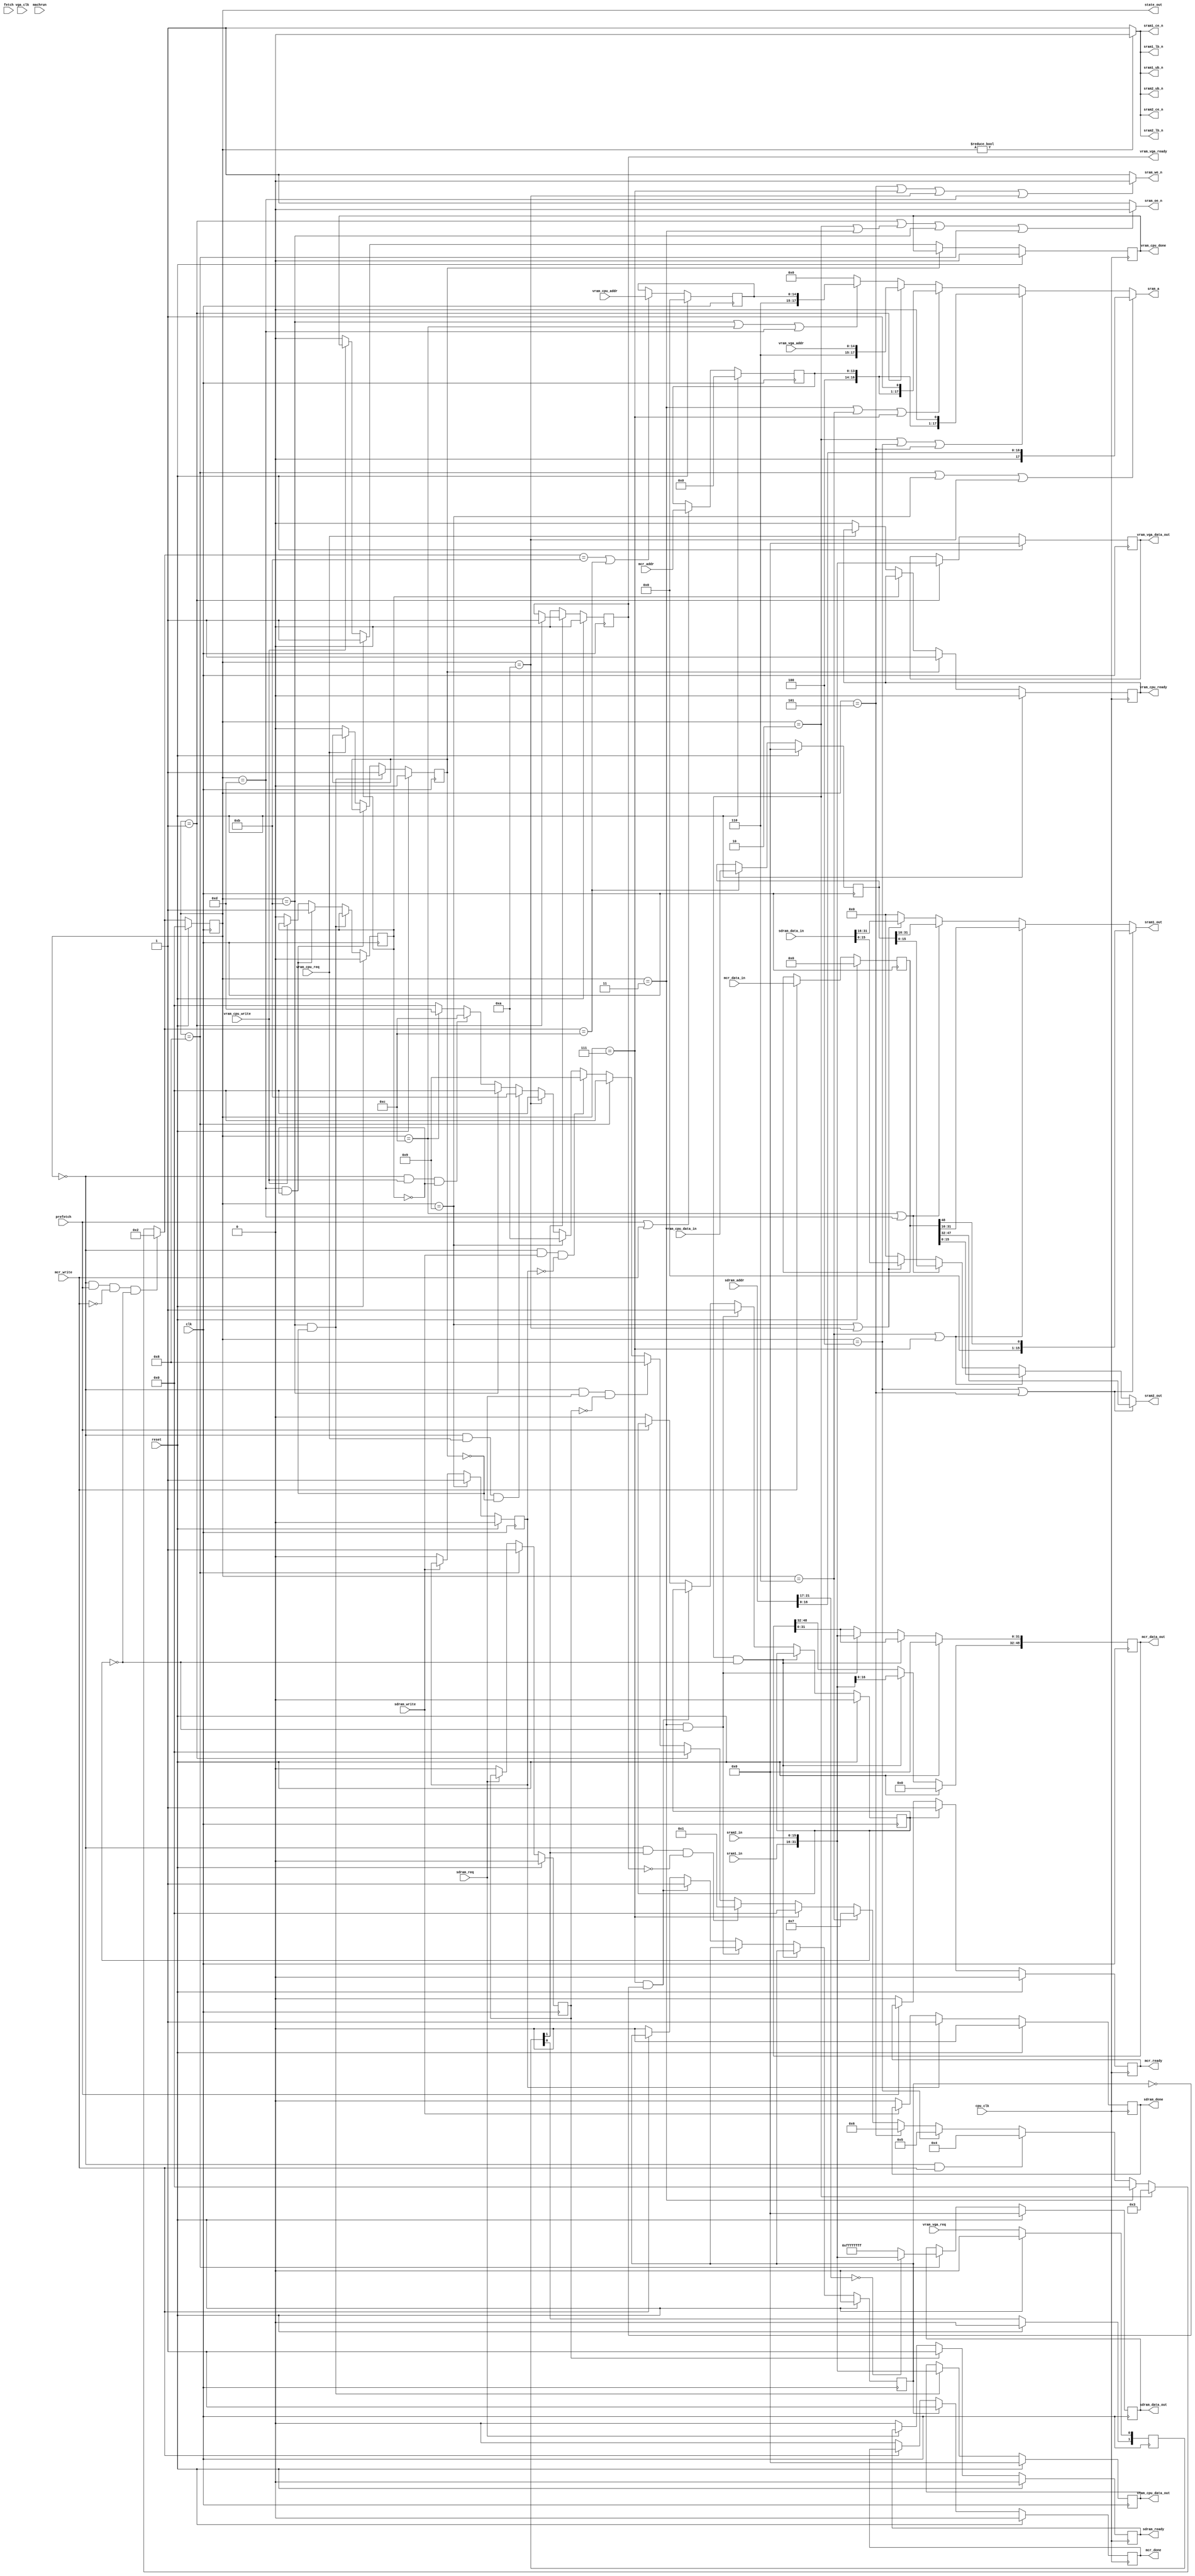
// slow_ram_controller.v

/* 
 * Basic 4 port ram controller with sram backend
 * used on fpga boards (like the S3 board) which only have sram;
 * basically everything is jammed into the one sdram
 * 
 * This version runs at 8x the main clock and hides all it's activity, using
 * two different state machines.  The 8x machine does the real work and samples
 * signals from the 1x machine.  The 1x machine services the cpu requests and
 * samples signals from the 8x machine.
 * 
 * ports:
 * 	microcode	r/w, 64 bits
 * 	sdram		r/w, 32 bits
 * 	vram vga	r/o, 32 bits
 * 	vram cpu	r/w, 32 bits
 *
 * CPU states:
 *  | decode | execute | write  | fetch  | decode | execute | write  | fetch  |
 *                         ^        ^
 *                         |        + valid mcr data
 *                         |
 *                         + latch mcr data / mcr write
 *
 *
 *
 *
 *  cpu		controller			ram
 * 
 *  decode					
 *  execute					
 *  write	prefetch/latch-mcr-data		
 *  fetch	fetch				
 *
 * states
 * S_MCR_WR1 -> S_MCR_WR2
 * 		assert address & data
 * S_MCR_WR2 -> S_MCR_WR3
 * 		we, wr mcr hi
 * S_MCR_WR3 -> S_MCR_WR3
 * 		assert address & data
 * S_MCR_WR4
 * 		we, wr mcr lo
 * S_VGA_RD
 * 		vram-rd; latch vram-vga data
 * S_MCR_RD1 -> S_MCR_RD2
 * 		latch mcr data hi
 * S_MCR_RD2
 * 		latch mcr data lo
 * S_VRAM_WR1 -> S_VRAM_WR2
 * 		assert address & data
 * S_VRAM_WR2
 * 		we, vram-wr
 * S_VRAM_RD
 * 		vram-rd; latch vram-cpu data
 * S_SDRAM_RD
 * 		sdram-rd; latch sdram data
 * S_SDRAM_WR1 -> S_SDRAM_WR2
 * 		assert address & data
 * S_SDRAM_WR2
 * 		we, sdram-wr
*/

module slow_ram_controller(
			   clk, vga_clk, cpu_clk,
			   reset, prefetch, fetch, machrun, state_out,

			   mcr_addr, mcr_data_out, mcr_data_in,
			   mcr_ready, mcr_write, mcr_done,

			   sdram_addr, sdram_data_in, sdram_data_out,
			   sdram_req, sdram_ready, sdram_write, sdram_done,

			   vram_cpu_addr, vram_cpu_data_in, vram_cpu_data_out,
			   vram_cpu_req, vram_cpu_ready,
			   vram_cpu_write, vram_cpu_done,

			   vram_vga_addr, vram_vga_data_out,
			   vram_vga_req, vram_vga_ready,

			   sram_a, sram_oe_n, sram_we_n,

			   sram1_in, sram1_out, sram1_ce_n,
			   sram1_ub_n, sram1_lb_n,

			   sram2_in, sram2_out, sram2_ce_n,
			   sram2_ub_n, sram2_lb_n);

   input clk;
   input vga_clk;
   input cpu_clk;

   input reset;
   input prefetch;
   input fetch;
   input machrun;
   output [3:0] state_out;
   
   input [13:0]  mcr_addr;
   output [48:0] mcr_data_out;
   input [48:0]  mcr_data_in;
   output 	 mcr_ready;
   input 	 mcr_write;
   output 	 mcr_done;

   input [21:0]  sdram_addr;
   output [31:0] sdram_data_out;
   input [31:0]  sdram_data_in;
   input 	 sdram_req;
   output 	 sdram_ready;
   input 	 sdram_write;
   output 	 sdram_done;

   input [14:0]  vram_cpu_addr;
   output [31:0] vram_cpu_data_out;
   input [31:0]  vram_cpu_data_in;
   input 	 vram_cpu_req;
   output 	 vram_cpu_ready;
   input 	 vram_cpu_write;
   output 	 vram_cpu_done;

   input [14:0]  vram_vga_addr;
   output [31:0] vram_vga_data_out;
   input 	 vram_vga_req;
   output 	 vram_vga_ready;

   output [17:0] sram_a;
   output 	 sram_oe_n;
   output 	 sram_we_n;
   input [15:0]  sram1_in;
   input [15:0]  sram2_in;
   output [15:0]  sram1_out;
   output [15:0]  sram2_out;
   output 	 sram1_ce_n, sram1_ub_n, sram1_lb_n;
   output 	 sram2_ce_n, sram2_ub_n, sram2_lb_n;

   reg 		 vram_vga_ready;
   reg 		 vram_cpu_ready;
   reg 		 vram_cpu_done;

   reg 		 sdram_done;
   reg 		 sdram_ready;

   reg 		 mcr_ready;
   reg 		 mcr_done;
   
   wire 	 mcr_req;

   reg [13:0] 	 int_mcr_addr;
   reg [48:0] 	 int_mcr_data_in;

   reg 		 int_mcr_ready;
   reg 		 int_mcr_done;
   reg 		 int_vram_cpu_ready;
   reg 		 int_vram_cpu_done;

   reg 		 int_sdram_done;
   reg 		 int_sdram_ready;
 		 
   wire		 int_sdram_done_e;
   wire		 int_sdram_ready_e;
   
   reg [14:0] 	 int_vram_cpu_addr;
   reg [31:0] 	 int_vram_cpu_data_in;
   
   // ---------------------------

   parameter S_IDLE = 0,
	       S_VGA_RD = 1,
	       S_MCR_RD1 = 2,
	       S_MCR_RD2 = 3,
	       S_MCR_WR1 = 4,
	       S_MCR_WR2 = 5,
	       S_MCR_WR3 = 6,
	       S_MCR_WR4 = 7,
	       S_SDRAM_RD = 8,
	       S_SDRAM_WR1 = 9,
	       S_SDRAM_WR2 = 10,
	       S_VRAM_RD = 11,
	       S_VRAM_WR1 = 12,
	       S_VRAM_WR2 = 13;
   
   reg [3:0] 	 state;
   wire [3:0] 	 next_state;

   always @(posedge clk)
     if (reset)
       state <= S_IDLE;
     else
       state <= next_state;

   wire vram_vga_req_sync;

   assign next_state =
      (state == S_IDLE && mcr_req && ~mcr_write && ~int_mcr_ready) ? S_MCR_RD1 :
      (state == S_MCR_RD1) ? S_MCR_RD2 :
      (state == S_MCR_RD2) ? S_IDLE :
      (state == S_IDLE && mcr_write) ? S_MCR_WR1 :
      (state == S_MCR_WR1) ? S_MCR_WR2 :
      (state == S_MCR_WR2) ? S_MCR_WR3 :
      (state == S_MCR_WR3) ? S_MCR_WR4 :
      (state == S_MCR_WR4) ? S_IDLE :
      (state == S_IDLE && vram_vga_req_sync && ~vram_vga_ready) ? S_VGA_RD :
      (state == S_VGA_RD) ? S_IDLE :
      (state == S_IDLE && sdram_req && ~int_sdram_ready) ? S_SDRAM_RD :
      (state == S_SDRAM_RD) ? S_IDLE :
      (state == S_IDLE && sdram_write && ~int_sdram_done) ? S_SDRAM_WR1 :
      (state == S_SDRAM_WR1) ? S_SDRAM_WR2 :
      (state == S_SDRAM_WR2) ? S_IDLE :
      (state == S_IDLE && vram_cpu_req && ~int_vram_cpu_ready) ? S_VRAM_RD :
      (state == S_VRAM_RD) ? S_IDLE :
      (state == S_IDLE && vram_cpu_write && ~int_vram_cpu_done) ? S_VRAM_WR1 :
      (state == S_VRAM_WR1) ? S_VRAM_WR2 :
      (state == S_VRAM_WR2) ? S_IDLE :
      S_IDLE;
   
   assign state_out = state;
   
   // ---------------------------

   wire 	 vram_access;
   wire 	 sdram_access;
   
   assign 	 vram_access = vram_cpu_write || vram_cpu_req;
   assign 	 sdram_access = sdram_write || sdram_req;

   // sram partition map:
   //  111
   //  765
   //  00x sdram
   //  01x sdram
   //  10x mcr
   //  11x vram

   wire sram_a_sdram;
   wire sram_a_mcr_h;
   wire sram_a_mcr_l;
   wire sram_a_vga;
   wire sram_a_vram;

   assign sram_a_sdram =
	state == S_SDRAM_RD || state == S_SDRAM_WR1 || state == S_SDRAM_WR2;

   assign sram_a_mcr_h =
	state == S_MCR_RD1 || state == S_MCR_WR1 || state == S_MCR_WR2;

   assign sram_a_mcr_l =
	state == S_MCR_RD2 || state == S_MCR_WR3 || state == S_MCR_WR4;

   assign sram_a_vga =
	state == S_VGA_RD;

   assign sram_a_vram = 
	state == S_VRAM_RD || state == S_VRAM_WR1 || state == S_VRAM_WR2;
   
   assign sram_a =
		  sram_a_sdram ? { 1'b0, sdram_addr[16:0] } :
		  sram_a_mcr_h ? { 3'b100, int_mcr_addr, 1'b0 } :
		  sram_a_mcr_l ? { 3'b100, int_mcr_addr, 1'b1 } :
		  sram_a_vga   ? { 3'b110, vram_vga_addr } :
		  sram_a_vram  ? { 3'b110, int_vram_cpu_addr } :
		  0;

   assign sram_oe_n =
		     ((state == S_VGA_RD) ||
		      (state == S_MCR_RD1 || state == S_MCR_RD2) ||
		      (state == S_VRAM_RD) ||
		      (state == S_SDRAM_RD)) ? 1'b0 :
		     1'b1;

   assign sram_we_n =
		     ((state == S_MCR_WR2 || state == S_MCR_WR4) ||
		      (state == S_SDRAM_WR2) ||
		      (state == S_VRAM_WR2)) ? 1'b0 :
		     1'b1;

   assign sram1_ce_n = state != S_IDLE ? 1'b0 : 1'b1;
   assign sram2_ce_n = state != S_IDLE ? 1'b0 : 1'b1;
   
   assign sram1_ub_n = state != S_IDLE ? 1'b0 : 1'b1;
   assign sram1_lb_n = state != S_IDLE ? 1'b0 : 1'b1;

   assign sram2_ub_n = state != S_IDLE ? 1'b0 : 1'b1;
   assign sram2_lb_n = state != S_IDLE ? 1'b0 : 1'b1;

   //
   // [48:0]
   //	{15'b0, [48:32]} [31:0]
   //	{15'b0[48]}, [47:32] [31:16] [15:0]
   //

   always @(posedge clk)
     if (reset)
       int_mcr_data_in <= 0;
     else
       if (mcr_write)
	 int_mcr_data_in <=
`ifdef debug_patch_disk_copy
	   // patch out disk-copy (which takes hours to sim)
	   mcr_addr == 14'o24045 ? 49'h000000001000 : mcr_data_in;
`else
           mcr_data_in;
`endif

`ifdef debug
   always @(posedge clk)
     if (mcr_write)
       $display("mcr: write @%o <- %o",
		mcr_addr, mcr_addr == 14'o24045 ? 49'h000000001000 : mcr_data_in);
`endif
   
   always @(posedge clk)
     if (reset)
       int_mcr_addr <= 0;
     else
       if (mcr_req || mcr_write)
	 int_mcr_addr <= mcr_addr;
   
   assign sram1_out =
    (state == S_MCR_WR1 || state == S_MCR_WR2) ? {15'b0, int_mcr_data_in[48]} :
    (state == S_MCR_WR3 || state == S_MCR_WR4) ? int_mcr_data_in[31:16] :
    (state == S_VRAM_WR1 || state == S_VRAM_WR2)   ? int_vram_cpu_data_in[31:16] :
    (state == S_SDRAM_WR1 || state == S_SDRAM_WR2) ? sdram_data_in[31:16] :
    16'b0;
		    
   assign sram2_out =
    (state == S_MCR_WR1 || state == S_MCR_WR2) ? int_mcr_data_in[47:32] :
    (state == S_MCR_WR3 || state == S_MCR_WR4) ? int_mcr_data_in[15:0] :
    (state == S_VRAM_WR1 || state == S_VRAM_WR2) ? int_vram_cpu_data_in[15:0] :
    (state == S_SDRAM_WR1 || state == S_SDRAM_WR2) ? sdram_data_in[15:0] :
    16'b0;

   // ---------------------------

`define original_mcr
//`define hack_mcr1
//`define hack_mcr2
`ifdef original_mcr
   reg [48:0] 	 mcr_out;

   //
   // mcr read - internal
   //
   always @(posedge clk)
     if (reset)
       begin
	  mcr_out <= 0;
	  int_mcr_ready <= 0;
	  int_mcr_done <= 0;
       end
     else
       begin
	  if (state == S_MCR_RD1 && ~int_mcr_ready)
	    begin
	       mcr_out[48:32] <= { sram1_in[0], sram2_in };
	    end
	  else
	    if (state == S_MCR_RD2 && ~int_mcr_ready)
	      begin
		 mcr_out[31:0] <= { sram1_in, sram2_in };
		 int_mcr_ready <= 1;
	      end
	    else
	      if (state == S_MCR_WR4 && ~int_mcr_done)
		int_mcr_done <= 1;
	      else
		begin
		   if (~mcr_req)
		     int_mcr_ready <= 0;
		   if (~mcr_write)
		     int_mcr_done <= 0;
		end
	  
       end

   //
   // mcr read - cpu interface
   //
   assign mcr_req = prefetch;

   assign mcr_data_out = mcr_out;

   always @(posedge cpu_clk)
     if (reset)
       mcr_ready <= 0;
     else
       begin
	  if (int_mcr_ready)
	    begin
`ifdef debug_mcr
	       if (~mcr_ready)
		 $display("rc: mcr %o", mcr_data_out);
`endif
	       mcr_ready <= 1;
	    end
	  else
	    if (~mcr_req)
	      mcr_ready <= 0;
       end

   always @(posedge cpu_clk)
     if (reset)
       mcr_done <= 0;
     else
       begin
	  if (int_mcr_done)
	    mcr_done <= 1;
	  else
	    if (~mcr_write)
	      mcr_done <= 0;
       end

`ifdef debug_mcr
   always @(posedge clk)
     begin
	if (mcr_write)
	  $display("rc: mcr_write state %d", state);
				
	if (state == S_MCR_WR1)
	  $display("rc: mcr_write1 %o -> %o", int_mcr_addr, mcr_data_in);
	if (state == S_MCR_WR2)
	  $display("rc: mcr_write2 %o -> %o", int_mcr_addr, mcr_data_in);

	if (state == S_MCR_RD1)
	  $display("rc: mcr_read1 %o -> %o", int_mcr_addr, { sram1_in, sram2_in });
	if (state == S_MCR_RD2)
	  $display("rc: mcr_read2 %o -> %o; %t",
		   int_mcr_addr, { mcr_data_out[48:32], { sram1_in, sram2_in } },
		   $time);
     end
`endif
`endif //  `ifdef original_mcr
   
   //
   // vram_vga read - vga controller only
   //
   reg vga_req;
   reg [1:0] vram_vga_req_syncro;
   
   always @(posedge clk)
     if (reset)
       vram_vga_req_syncro <= 0;
     else
       begin
	  vram_vga_req_syncro[0] <= vram_vga_req;
	  vram_vga_req_syncro[1] <= vram_vga_req_syncro[0];
       end

   assign vram_vga_req_sync = vram_vga_req_syncro[1];
   
   //   
   reg [31:0] 	 vram_cpu_data;
   reg [31:0] 	 vram_vga_data;

   always @(posedge clk)
     if (reset)
       begin
	  vram_vga_data <= 0;
	  vram_vga_ready <= 0;
       end
     else
       begin
	  if (state == S_VGA_RD)
	    begin
	       vram_vga_data <= { sram1_in, sram2_in };
	       vram_vga_ready <= 1;
`ifdef debug
	       $display("rc: vram vga read %o -> %o",
			vram_vga_addr, { sram1_in, sram2_in });
`endif
	    end

	  if (~vram_vga_req_sync)
	    vram_vga_ready <= 0;
       end

   assign vram_vga_data_out = vram_vga_data;
   
   // vram_cpu read/write

   //
   // vram_cpu - internal
   //
   always @(posedge clk)
     if (reset)
       begin
	  vram_cpu_data <= 0;
	  int_vram_cpu_ready <= 0;
	  int_vram_cpu_done <= 0;
       end
     else
       begin
	  if (state == S_VRAM_RD && ~int_vram_cpu_ready)
	    begin
	       vram_cpu_data <= { sram1_in, sram2_in };
	       int_vram_cpu_ready <= 1;
	    end
	  else
	    if (state == S_VRAM_WR2 && ~int_vram_cpu_done)
	      int_vram_cpu_done <= 1;
	    else
	      begin
		 if (~vram_cpu_req)
		   int_vram_cpu_ready <= 0;

		 if (~vram_cpu_write)
		   int_vram_cpu_done <= 0;
	      end
       end

   assign vram_cpu_data_out = vram_cpu_data;

   //
   // vram_cpu - register addr & data
   //
   always @(posedge clk)
     if (reset)
       begin
	  int_vram_cpu_addr <= 0;
	  int_vram_cpu_data_in <= 0;
       end
     else
       begin
	  if (next_state == S_VRAM_RD || next_state == S_VRAM_WR1)
	    int_vram_cpu_addr <= vram_cpu_addr;
	  if (next_state == S_VRAM_WR1)
	    int_vram_cpu_data_in <= vram_cpu_data_in;
       end

   // vram_cpu - cpu interface
   always @(posedge cpu_clk)
     if (reset)
       begin
	  vram_cpu_ready <= 0;
	  vram_cpu_done <= 0;
       end
     else
       begin
	  if (int_vram_cpu_ready)
	    vram_cpu_ready <= 1;
	  else
	    if (int_vram_cpu_done)
	      vram_cpu_done <= 1;
	    else
	      begin
		 if (~vram_cpu_req)
		   vram_cpu_ready <= 0;

		 if (~vram_cpu_write)
		   vram_cpu_done <= 0;
	      end
       end

`ifdef debug
   always @(posedge cpu_clk)
     if (int_vram_cpu_done && vram_cpu_write)
       $display("vram: W addr %o <- %o; %t",
		int_vram_cpu_addr, int_vram_cpu_data_in, $time);

   always @(posedge cpu_clk)
     if (vram_cpu_write)
       $display("vram: W addr %o <- %o; state %d %t",
		int_vram_cpu_addr, int_vram_cpu_data_in, state, $time);
`endif
   
   //
   // sdram - internal
   //
   reg [31:0] sdram_out; // synthesis attribute keep sdram_out true;

   assign int_sdram_done_e = state == S_SDRAM_WR1;
   assign int_sdram_ready_e = state == S_SDRAM_RD;

   always @(posedge clk)
     if (reset)
       sdram_out <= 0;
     else
       begin
	  if (state == S_SDRAM_RD)
	    begin
	       sdram_out <= sdram_addr[21:17] == 0 ?
			    {sram1_in, sram2_in} : 32'hffffffff;
	    end

`ifdef debug
	  if (~sdram_ready && int_sdram_ready_e)
	    $display("rc: sdram read %o -> %o; %t", sdram_addr, sdram_out, $time);
	  if (sdram_write && int_sdram_done_e)
	    $display("rc: sdram write %o <- %o; %t", sdram_addr, sdram_data_in, $time);
`endif
       end

   always @(posedge clk)
     if (reset)
       int_sdram_done <= 0;
     else
       if (int_sdram_done_e)
	 int_sdram_done <= 1;
       else
	 if (~sdram_write)
	   int_sdram_done <= 0;

   always @(posedge clk)
     if (reset)
       int_sdram_ready <= 0;
     else
       if (int_sdram_ready_e)
	 int_sdram_ready <= 1;
       else
	 if (~sdram_req)
	   int_sdram_ready <= 0;

   
   //
   // sdram - cpu interface
   //
   assign sdram_data_out = sdram_out;
   
   always @(posedge cpu_clk)
     if (reset)
       sdram_ready <= 0;
     else
       begin
	  if (int_sdram_ready)
	    begin
`ifdef debug_xxx
	       if (~sdram_ready)
		 $display("rc: sdram_req %o -> %o", sdram_addr, sdram_out);
`endif
	       sdram_ready <= 1;
	    end
	  else
	    if (~sdram_req)
	      sdram_ready <= 0;
       end

   always @(posedge cpu_clk)
     if (reset)
       sdram_done <= 0;
     else
       begin
	  if (int_sdram_done)
	    sdram_done <= 1;
	  else
	    if (~sdram_write/* || ~sdram_ready*/)
	      sdram_done <= 0;

`ifdef debug_xxx
	  if (int_sdram_done)
	    $display("rc: sdram_write %o <- %o", sdram_addr, sdram_data_in);
`endif
       end

   
`ifdef hack_mcr1
//----------------------------

   parameter MCR_RAM_SIZE = 16384;

   reg [48:0] 	 mcr_ram [0:MCR_RAM_SIZE-1];
   reg [48:0] 	 mcr_out;
 	 
   integer 	 debug;
   integer 	 ii;

   initial
     begin
	debug = 0;
	for (ii = 0; ii < MCR_RAM_SIZE; ii=ii+1)
          mcr_ram[ii] = 49'b0;
     end

   always @(posedge clk)
     if (reset)
       int_mcr_done <= 0;
     else
       begin
	  if (state == S_MCR_WR4 && ~int_mcr_done)
	    begin
	       int_mcr_done <= 1;
	       mcr_ram[ int_mcr_addr ] = int_mcr_data_in;
	    end
	  else
	    if (~mcr_write)
	      int_mcr_done <= 0;
       end

   always @(posedge cpu_clk)
     if (reset)
	  mcr_done <= 0;
     else
       begin
	  if (int_mcr_done)
	    mcr_done <= 1;

	  if (~mcr_write)
	    mcr_done <= 0;
       end

    always @(posedge clk)
     if (reset)
       begin
	  mcr_out <= 0;
	  int_mcr_ready <= 0;
       end
     else
       begin
	  if (state == S_MCR_RD2 && ~int_mcr_ready)
	    begin
	       mcr_out <= mcr_ram[ int_mcr_addr ];
	       int_mcr_ready <= 1;
	    end

	  if (~mcr_req)
	    int_mcr_ready <= 0;
       end

   always @(posedge cpu_clk)
     if (reset)
       mcr_ready <= 0;
     else
       begin
	  if (int_mcr_ready)
	    mcr_ready <= 1;
	  else
	    if (~mcr_req)
	      mcr_ready <= 0;
       end

   always @(posedge clk)
     if (reset)
       int_mcr_addr <= 0;
     else
       if (mcr_req || mcr_write)
	 int_mcr_addr <= mcr_addr;

   always @(posedge clk)
     if (reset)
       int_mcr_data_in <= 0;
     else
       if (mcr_write)
	 int_mcr_data_in <=
`ifdef debug_patch_disk_copy
	   // patch out disk-copy (which takes hours to sim)
	   mcr_addr == 14'o24045 ? 49'h000000001000 : mcr_data_in;
`else
           mcr_data_in;
`endif


   assign mcr_data_out = mcr_out;
   
   assign mcr_req = prefetch;

`endif //  `ifdef hack_mcr1

`ifdef hack_mcr2
//----------------------------

   parameter MCR_RAM_SIZE = 16384;

   reg [48:0] 	 mcr_ram [0:MCR_RAM_SIZE-1];
   reg [48:0] 	 mcr_out;
 	 
   integer 	 debug;
   integer 	 ii;

   initial
     begin
	debug = 0;
	for (ii = 0; ii < MCR_RAM_SIZE; ii=ii+1)
          mcr_ram[ii] = 49'b0;
     end

   always @(posedge clk)
     if (mcr_write)
	  mcr_ram[ mcr_addr ] =
`ifdef debug_patch_disk_copy
	    // patch out disk-copy (which takes hours to sim)
	    mcr_addr == 14'o24045 ? 49'h000000001000 : mcr_data_in;
`else
            mcr_data_in;
`endif

    always @(posedge clk)
     if (reset)
       mcr_out <= 0;
     else
       if (mcr_req)
	 mcr_out <= mcr_ram[ mcr_addr ];

   assign mcr_ready = 1'b1;
   assign mcr_done = 1'b1;
   assign mcr_data_out = mcr_out;
   assign mcr_req = prefetch;

`endif //  `ifdef hack_mcr2

`ifndef original_mcr
 `ifndef hack_mcr1
  `ifndef hack_mcr2
   assign mcr_ready = 1'b1;
  `endif
 `endif
`endif

endmodule